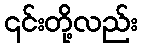
၎င်းတို့လည်း